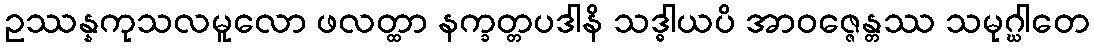
ဥဿန္နကုသလမူလော ဖလတ္ထာ နက္ခတ္တပဒါနိ သဒ္ဓါယပိ အာဝဇ္ဇေန္တဿ သမုဂ္ဃါတေ